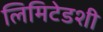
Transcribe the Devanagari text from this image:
लिमिटेडशी